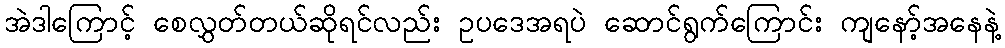
အဲဒါကြောင့် စေလွှတ်တယ်ဆိုရင်လည်း ဥပဒေအရပဲ ဆောင်ရွက်ကြောင်း ကျနော့်အနေနဲ့